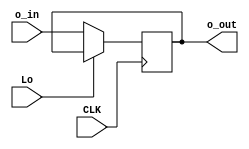
module output_register(CLK, Lo, o_in, o_out);

	input CLK, Lo;
    input [7:0] o_in;
    output [7:0] o_out;
	reg [7:0]o_val;
	
	always @(posedge CLK) begin
		
		if (~Lo) 
			o_val <= o_in;
	end
	
	assign o_out = o_val;
	
	
endmodule